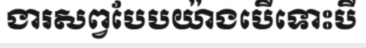
ងារសព្វបែបយ៉ាងបើទោះបី